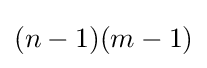
(n-1)(m-1)